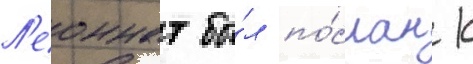
Л'еоннат бы́л по́слан к